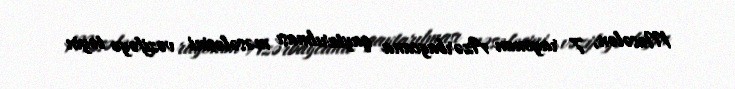
Məsələn, 7 rayonun Azərbaycana qaytarılması məsələsini vəzifəyə təyin